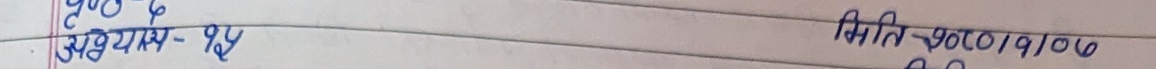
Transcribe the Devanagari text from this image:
दु०-६
उपध्याय-१४
मिति-२०१९/१०/०७